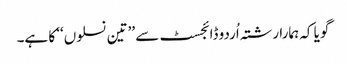
گویا کہ ہمارا رشتہ اُردو ڈائجسٹ سے ’’تین نسلوں‘‘ کا ہے۔